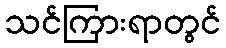
သင်ကြားရာတွင်